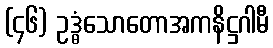
(၄၆) ဥဒ္ဓံသောတောအကနိဋ္ဌဂါမီ